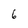
Character: 6